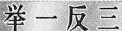
举一反三